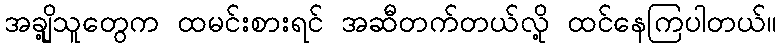
အချို့သူတွေက ထမင်းစားရင် အဆီတက်တယ်လို့ ထင်နေကြပါတယ်။